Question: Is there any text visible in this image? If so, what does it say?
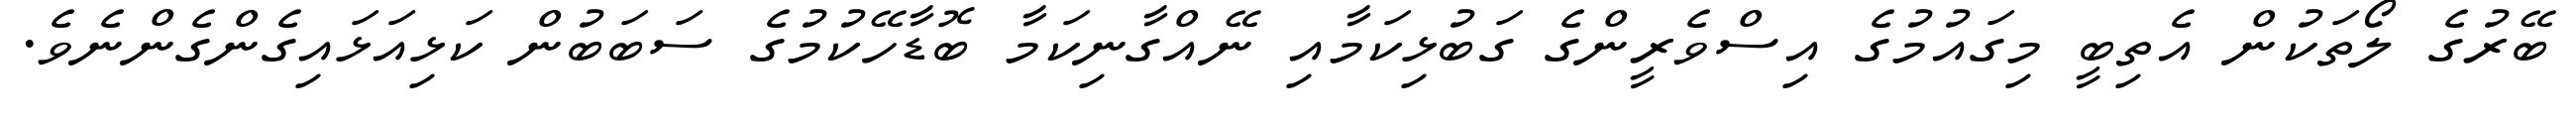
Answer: ބޭރުގެ ލޯތަކުން އެތިބީ މިގައުމުގެ އިސްވެރީންގެ ގަބުޅިކަމާއި ނޭއްގާނިކަމާ ބޮޑާހޭކުމުގެ ސަބަބުން ކަޅިއަޅައިގެންގެންނެވެ.